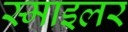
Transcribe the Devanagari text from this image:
स्माइलर